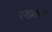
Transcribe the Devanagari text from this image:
रख्कर